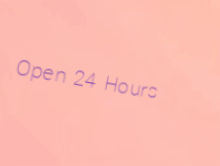
Open 24 Hours